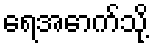
ရေအောက်သို့